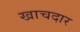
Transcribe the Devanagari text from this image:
खाचदार